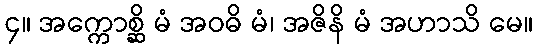
၄။ အက္ကောစ္ဆိ မံ အဝဓိ မံ၊ အဇိနိ မံ အဟာသိ မေ။